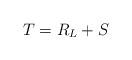
LaTeX: \begin{align*}T=R_L+S\end{align*}